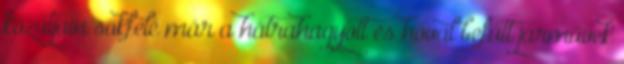
közútjain sokfelé már a hátrahagyott és hóval befútt járművek